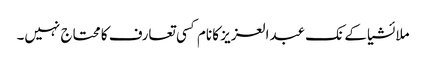
ملائشیا کے نک عبدالعزیز کا نام کسی تعارف کا محتاج نہیں۔